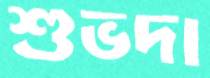
শুভদা